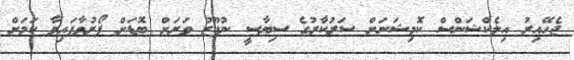
ޖެހޭއިރު އިލެކްޝަންސް ކޮމިޝަނަށް ސަރުކާރުގެ ސިޔާސީ ނުފޫޒު ވަރަށް ބޮޑަށް ފޯރުވާފައިވާ ކަމަށް